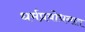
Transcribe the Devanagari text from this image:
धर्मप्रबोधनात